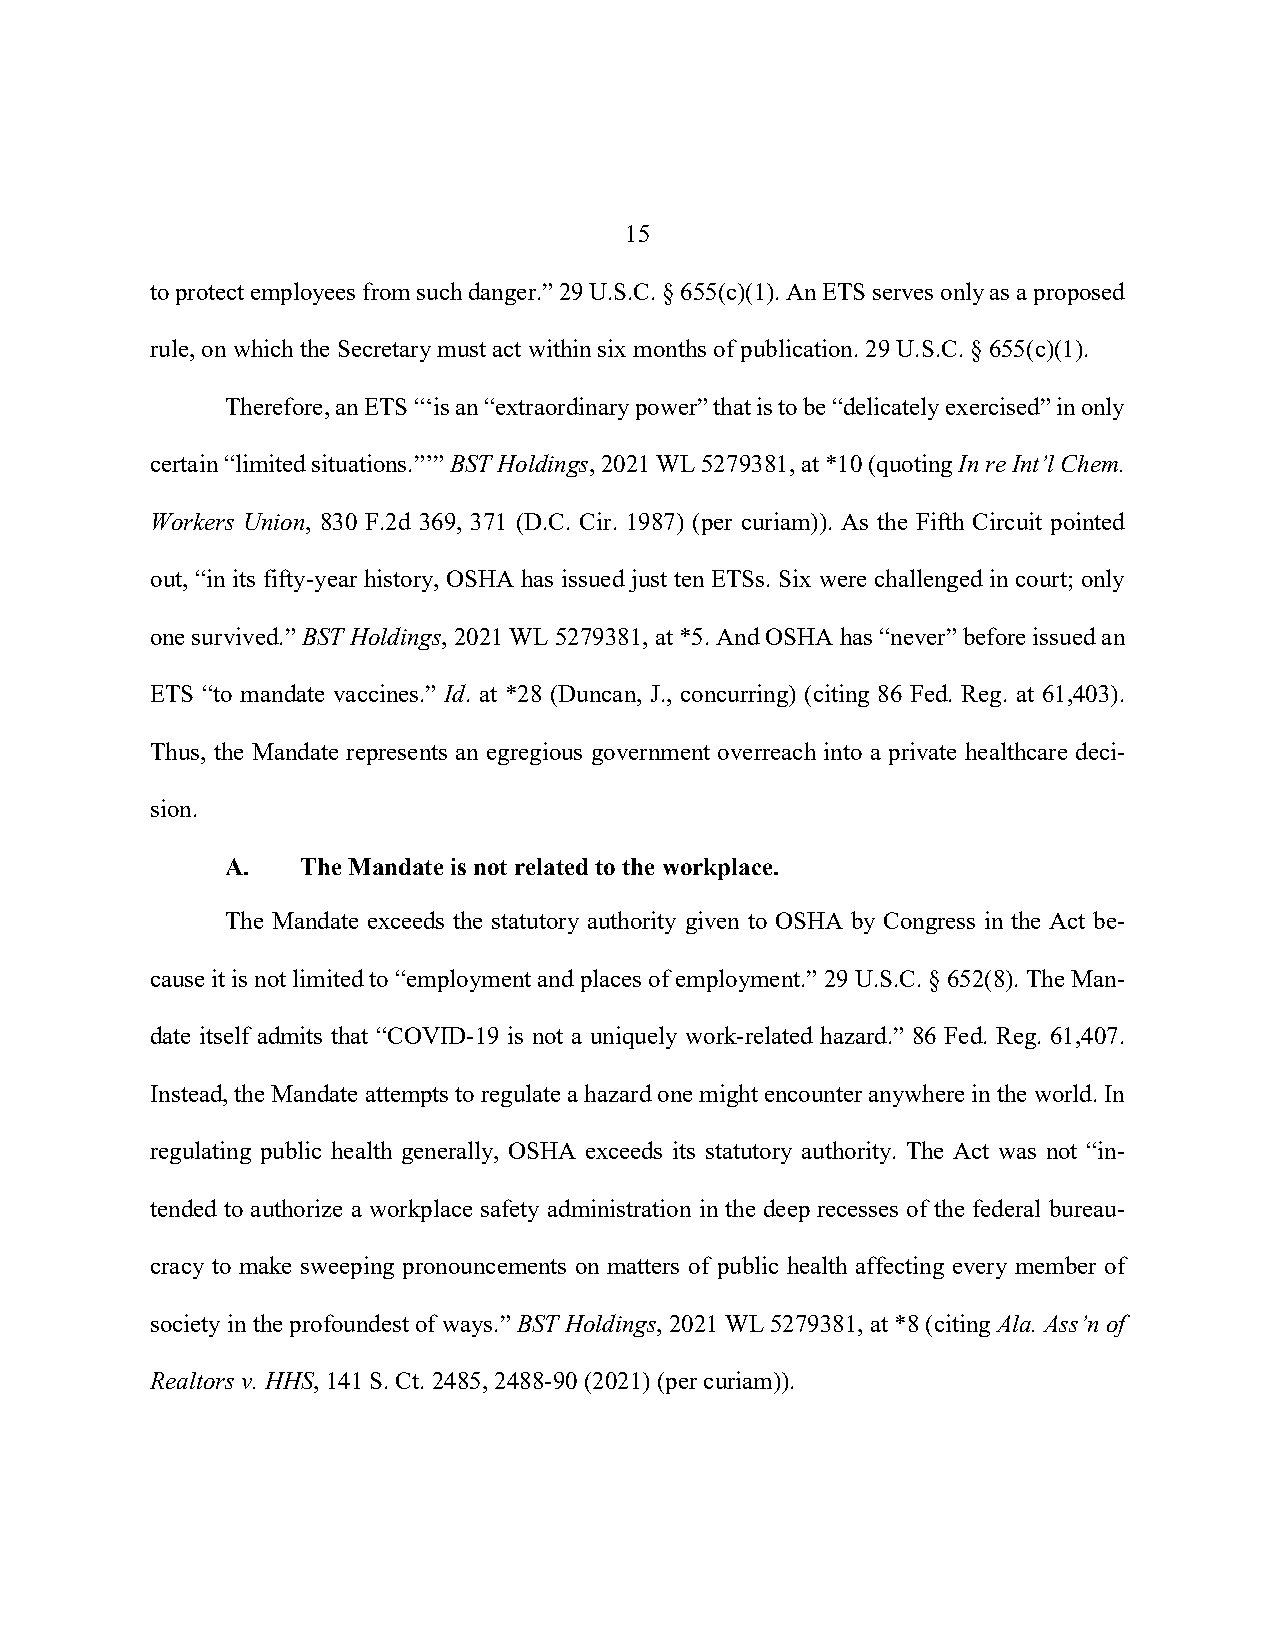
15
 to protect employees from such danger.” 29 U.S.C. § 655(c)(1). An ETS serves only as a proposed
 rule, on which the Secretary must act within six months of publication. 29 U.S.C. § 655(c)(1).
 Therefore, an ETS “‘is an “extraordinary power” that is to be “delicately exercised” in only
 certain “limited situations.”’” BST Holdings, 2021 WL 5279381, at *10 (quoting In re Int’l Chem.
 Workers Union, 830 F.2d 369, 371 (D.C. Cir. 1987) (per curiam)). As the Fifth Circuit pointed
 out, “in its fifty-year history, OSHA has issued just ten ETSs. Six were challenged in court; only
 one survived.” BST Holdings, 2021 WL 5279381, at *5. And OSHA has “never” before issued an
 ETS “to mandate vaccines.” Id. at *28 (Duncan, J., concurring) (citing 86 Fed. Reg. at 61,403).
 Thus, the Mandate represents an egregious government overreach into a private healthcare deci-
 sion.
 A.   The Mandate is not related to the workplace.
 The Mandate exceeds the statutory authority given to OSHA by Congress in the Act be-
 cause it is not limited to “employment and places of employment.” 29 U.S.C. § 652(8). The Man-
 date itself admits that “COVID-19 is not a uniquely work-related hazard.” 86 Fed. Reg. 61,407.
 Instead, the Mandate attempts to regulate a hazard one might encounter anywhere in the world. In
 regulating public health generally, OSHA exceeds its statutory authority. The Act was not “in-
 tended to authorize a workplace safety administration in the deep recesses of the federal bureau-
 cracy to make sweeping pronouncements on matters of public health affecting every member of
 society in the profoundest of ways.” BST Holdings, 2021 WL 5279381, at *8 (citing Ala. Ass’n of
 Realtors v. HHS, 141 S. Ct. 2485, 2488-90 (2021) (per curiam)).